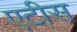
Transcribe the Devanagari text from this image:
एटीस